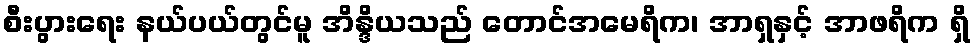
စီးပွားရေး နယ်ပယ်တွင်မူ အိန္ဒိယသည် တောင်အမေရိက၊ အာရှနှင့် အာဖရိက ရှိ